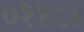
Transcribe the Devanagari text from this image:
०१४८४